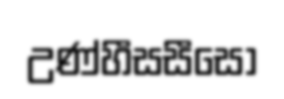
උණ්හීසසීසො